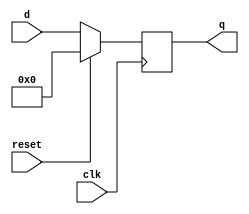
module top_module (
    input clk,
    input reset,            // Synchronous reset
    input [7:0] d,
    output [7:0] q
);
    always @(posedge clk) begin
        if(reset)	q<=8'b0;    // active high synchronous reset
        else		q<=d;
    end

endmodule